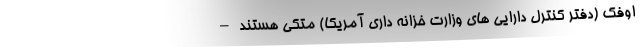
اوفک (دفتر کنترل دارایی های وزارت خزانه داری آمریکا) متکی هستند –